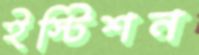
ইস্টিশন